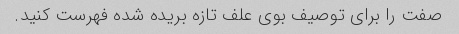
صفت را برای توصیف بوی علف تازه بریده شده فهرست کنید.